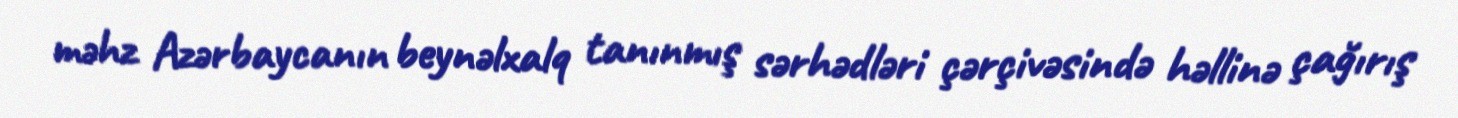
məhz Azərbaycanın beynəlxalq tanınmış sərhədləri çərçivəsində həllinə çağırış